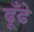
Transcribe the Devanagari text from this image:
ढूँढे